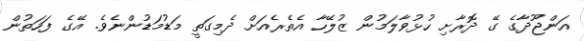
އަންޖޫދާގެ ގޭ ދޮރާށި ހުޅުވާލަމުން ޒުލޭހާ އެތެރެއަށް ދެމިގަތީ މަޑުމަޑުންނެވެ. އޭގެ ފަހަތުން